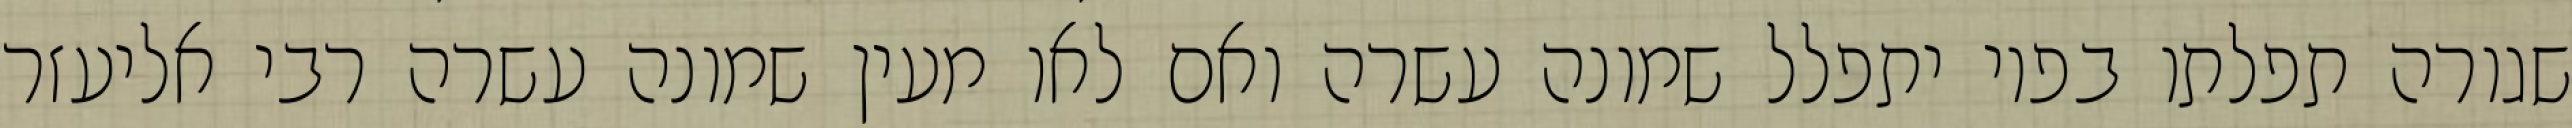
שגורה תפלתו בפיו יתפלל שמונה עשרה ואם לאו מעין שמונה עשרה רבי אליעזר